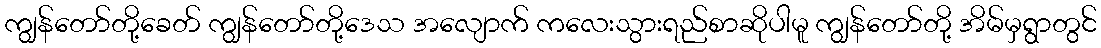
ကျွန်တော်တို့ခေတ် ကျွန်တော်တို့ဒေသ အလျောက် ကလေးသွားရည်စာဆိုပါမူ ကျွန်တော်တို့ အိမ်မှရွာတွင်